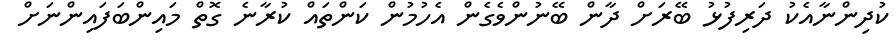
ކުދިންނާއެކު ދަރިފުޅު ބޭރަށް ދާން ބޭނުންވެގެން އެހުމުން ކަންތައް ކުރާނެ ގޮތް މައިންބަފައިންނަށް